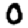
Digit: 0